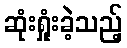
ဆုံးရှုံးခဲ့သည့်